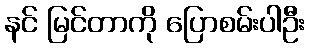
နင် မြင်တာကို ပြောစမ်းပါဦး